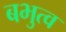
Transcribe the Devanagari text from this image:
बभुत्व